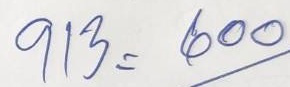
913 = 600